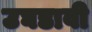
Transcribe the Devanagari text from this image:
उघडावी